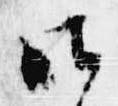
御